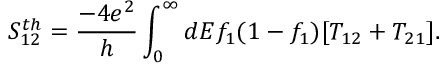
S _ { 1 2 } ^ { t h } = \frac { - 4 e ^ { 2 } } { h } \int _ { 0 } ^ { \infty } d E f _ { 1 } ( 1 - f _ { 1 } ) [ T _ { 1 2 } + T _ { 2 1 } ] .